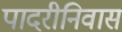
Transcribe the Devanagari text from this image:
पादरीनिवास